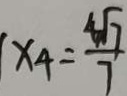
x _ { 4 } = \frac { 4 \sqrt { 7 } } { 7 }